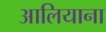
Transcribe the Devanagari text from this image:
आलियाना